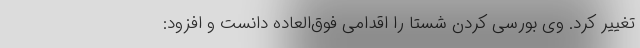
تغییر کرد. وی بورسی کردن شستا را اقدامی فوق‌العاده دانست و افزود: